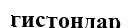
гистондар